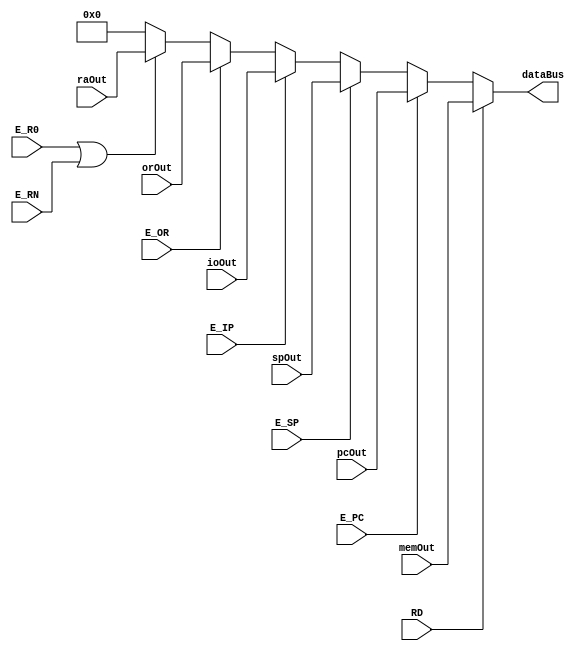
`timescale 1ns / 1ps
//////////////////////////////////////////////////////////////////////////////////
// Company: 
// Engineer: 
// 
// Design Name: 
// Module Name: bus_ArbT
// Project Name: 
// Target Devices: 
// Tool Versions: 
// Description: 
// 
// Dependencies: 
// 
// Revision:
// Revision 0.01 - File Created
// Additional Comments:
// 
//////////////////////////////////////////////////////////////////////////////////


module busArbitrator(
    output[15:0] dataBus,
    input RD,
    input E_PC,
    input E_SP,
    input E_IP,
    input E_OR,
    input E_R0,
    input E_RN,
    input [15:0] pcOut,
    input [15:0] memOut,
    input [15:0] orOut,
    input [15:0] spOut,
    input [15:0] raOut,
    input [15:0] ioOut
    );
    
    assign dataBus = (RD)? memOut :(
                    (E_PC)? pcOut :( 
                    (E_SP)? spOut :( 
                    (E_IP)? ioOut :(
                    (E_OR)? orOut :(
                    ( E_R0 | E_RN )? raOut :
                     16'h0000))))); 
           
endmodule